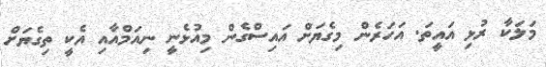
މަލަކާ ރުޅި އައީތަ. އަހަރެން މިގެޔަށް އައިސްގެން މިއުޅެނީ ނިއަމްއާއި އެކީ ތިގެޔަށް